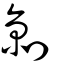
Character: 剠